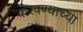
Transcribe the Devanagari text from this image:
करवण्याच्या